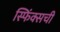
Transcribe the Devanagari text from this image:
स्फिंक्सची